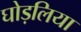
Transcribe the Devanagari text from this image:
घोड़लिया